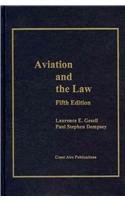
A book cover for Aviation And the Law; Laurence E. Gesell; Law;